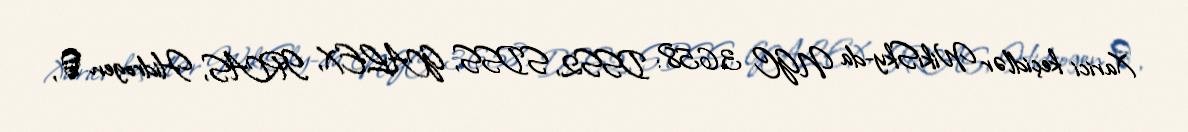
Xarici keçidlər WikiSky-da NGC 3658: DSS2, SDSS, GALEX, IRAS, Hidrogen α,